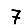
Digit: 7